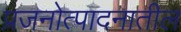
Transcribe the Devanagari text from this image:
प्रजनोत्पादनातील